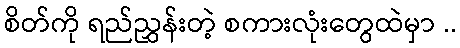
စိတ်ကို ရည်ညွှန်းတဲ့ စကားလုံးတွေထဲမှာ ..